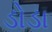
ડોડા